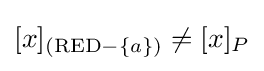
[x]_{(\mathrm {RED} -\{a\})}\neq [x]_{P}